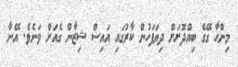
މިންހާ ގޭގެ ބިއްދޮށަށް ދިޔަފަހުން ކާރުގައި އައިސް ޝިޒާން ގެއަށް ވަނެވެ. އޭނާ